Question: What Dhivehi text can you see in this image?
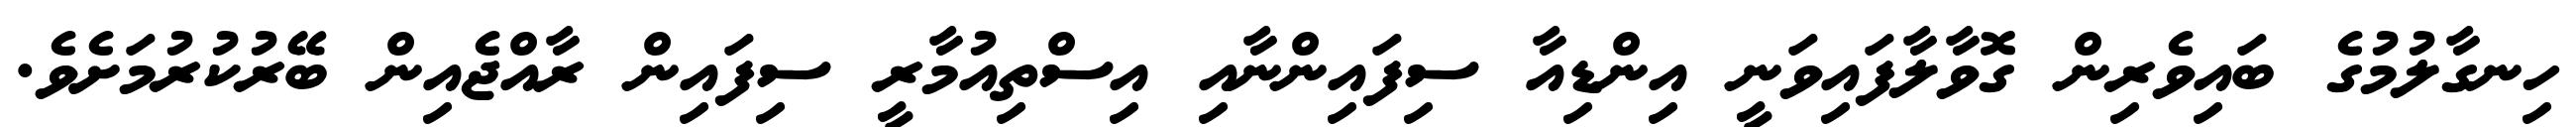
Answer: ހިނގާލުމުގެ ބައިވެރިން ގޮވާލާފައިވަނީ އިންޑިއާ ސިފައިންނާއި އިސްތިއުމާރީ ސިފައިން ރާއްޖެއިން ބޭރުކުރުމަށެވެ.